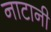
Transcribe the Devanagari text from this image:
नाटानी